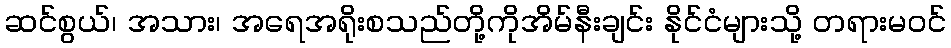
ဆင်စွယ်၊ အသား၊ အရေအရိုးစသည်တို့ကိုအိမ်နီးချင်း နိုင်ငံများသို့ တရားမဝင်